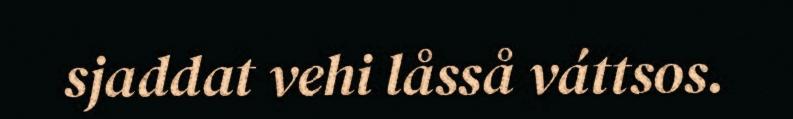
sjaddat vehi låsså váttsos.